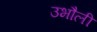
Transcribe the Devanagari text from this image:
उभौली